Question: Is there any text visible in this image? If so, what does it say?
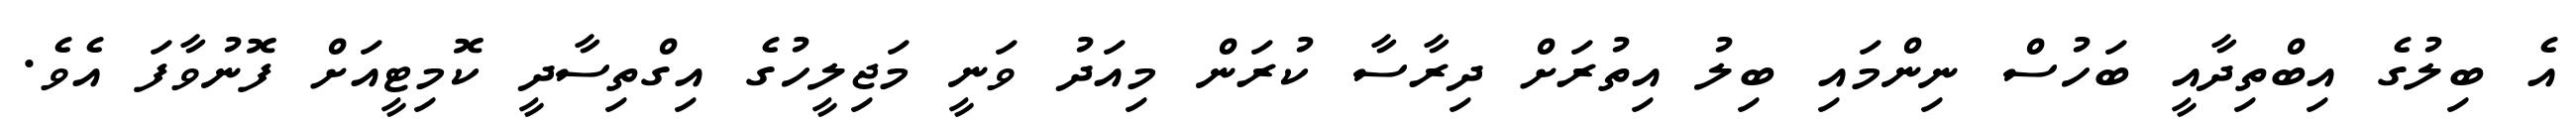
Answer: އެ ބިލުގެ އިބްތިދާއީ ބަހުސް ނިންމައި ބިލު އިތުރަށް ދިރާސާ ކުރަން މިއަދު ވަނީ މަޖިލީހުގެ އިގްތިސާދީ ކޮމިޓީއަށް ފޮނުވާފަ އެވެ.